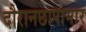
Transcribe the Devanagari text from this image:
दौरानछापामार